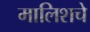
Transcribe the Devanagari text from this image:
मालिशचे